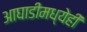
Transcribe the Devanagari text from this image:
आघाडीमध्येही